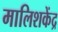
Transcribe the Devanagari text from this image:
मालिशकेंद्र